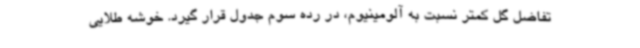
تفاضل گل کمتر نسبت به آلومینیوم، در رده سوم جدول قرار گیرد. خوشه طلایی